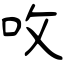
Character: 呚